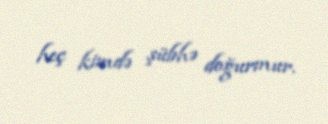
heç kimdə şübhə doğurmur.